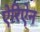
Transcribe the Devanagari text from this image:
ऐरिऐन